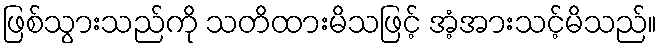
ဖြစ်သွားသည်ကို သတိထားမိသဖြင့် အံ့အားသင့်မိသည်။